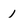
Character: l